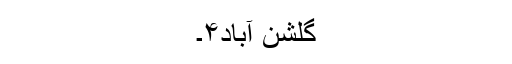
گلشن آباد۴۔